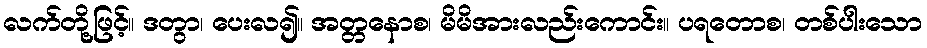
လက်တို့ဖြင့်။ ဒတွာ၊ ပေးလ၍။ အတ္တနောစ၊ မိမိအားလည်းကောင်း။ ပရတောစ၊ တစ်ပါးသော